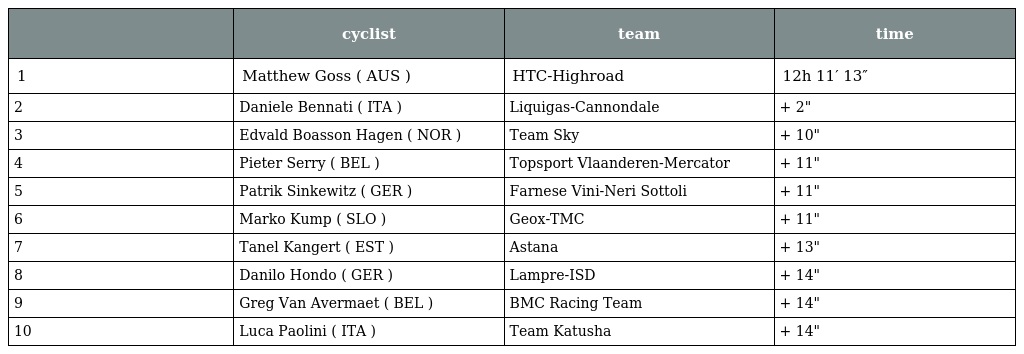
|  | cyclist | team | time |
 | --- | --- | --- | --- |
 | 1 | Matthew Goss ( AUS ) | HTC-Highroad | 12h 11′ 13″ |
 | 2 | Daniele Bennati ( ITA ) | Liquigas-Cannondale | + 2" |
 | 3 | Edvald Boasson Hagen ( NOR ) | Team Sky | + 10" |
 | 4 | Pieter Serry ( BEL ) | Topsport Vlaanderen-Mercator | + 11" |
 | 5 | Patrik Sinkewitz ( GER ) | Farnese Vini-Neri Sottoli | + 11" |
 | 6 | Marko Kump ( SLO ) | Geox-TMC | + 11" |
 | 7 | Tanel Kangert ( EST ) | Astana | + 13" |
 | 8 | Danilo Hondo ( GER ) | Lampre-ISD | + 14" |
 | 9 | Greg Van Avermaet ( BEL ) | BMC Racing Team | + 14" |
 | 10 | Luca Paolini ( ITA ) | Team Katusha | + 14" |